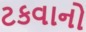
ટકવાનો